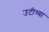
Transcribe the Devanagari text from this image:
उटीच्या